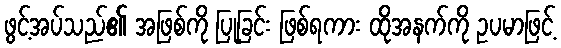
ဖွင့်အပ်သည်၏ အဖြစ်ကို ပြုခြင်း ဖြစ်ရကား ထိုအနက်ကို ဥပမာဖြင့်